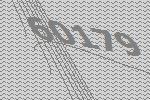
60179